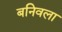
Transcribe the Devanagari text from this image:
बनिवला